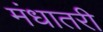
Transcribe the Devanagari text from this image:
मंधातरी